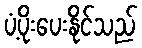
ပံ့ပိုးပေးနိုင်သည်